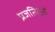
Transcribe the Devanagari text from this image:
प्रजत्यिओं